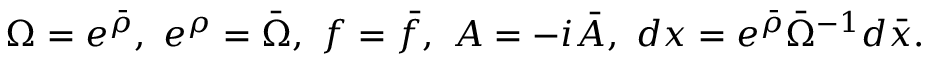
\Omega = e ^ { \bar { \rho } } , \ e ^ { \rho } = \bar { \Omega } , \ f = \bar { f } , \ A = - i \bar { A } , \ d x = e ^ { \bar { \rho } } \bar { \Omega } ^ { - 1 } d \bar { x } .